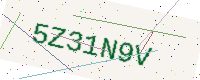
Text: 5Z31N9V